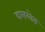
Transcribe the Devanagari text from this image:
दासखेड